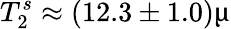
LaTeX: T_{2}^{s}\approx(12.3\pm 1.0)\upmu